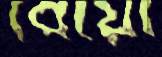
বেয়ো